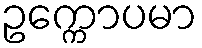
ဥက္ကောပမာ